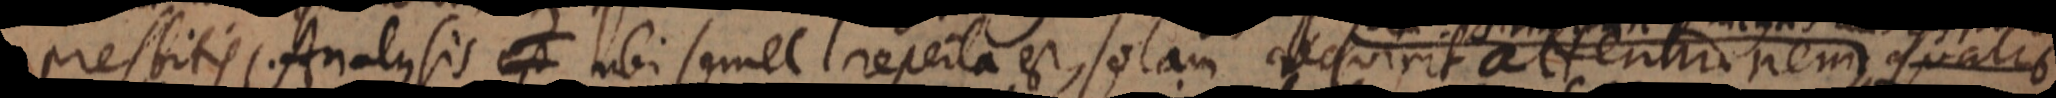
resbitis. Analysis ubi semel reperta est, solam requirit attentionem, qualis